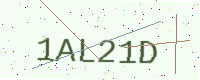
Text: 1AL21D